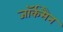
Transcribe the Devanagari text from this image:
जॉर्कमैन